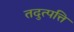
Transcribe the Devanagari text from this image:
तदुत्पत्ति